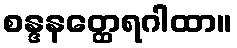
စန္ဒနတ္ထေရဂါထာ။